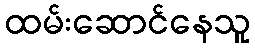
ထမ်းဆောင်နေသူ